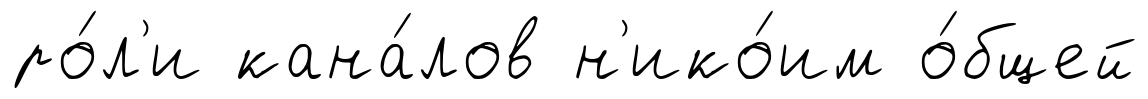
ро́л'и кана́лов н'ико́им о́бщей